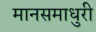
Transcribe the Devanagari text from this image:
मानसमाधुरी